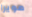
مويرا